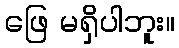
ဖြေ မရှိပါဘူး။